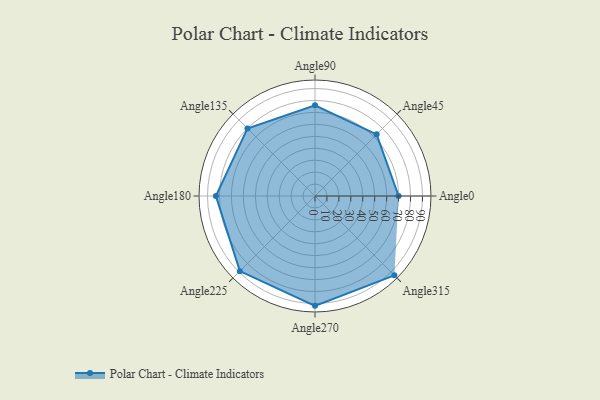
{"axis": {"x": "Angle", "y": "Radius"}, "legend": [""], "data": [{"x": "Angle0", "y": 70.0, "type": ""}, {"x": "Angle45", "y": 73.0, "type": ""}, {"x": "Angle90", "y": 76.0, "type": ""}, {"x": "Angle135", "y": 80.0, "type": ""}, {"x": "Angle180", "y": 83.0, "type": ""}, {"x": "Angle225", "y": 89.0, "type": ""}, {"x": "Angle270", "y": 92.0, "type": ""}, {"x": "Angle315", "y": 94.0, "type": ""}]}